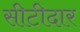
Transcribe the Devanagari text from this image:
सीटीदार